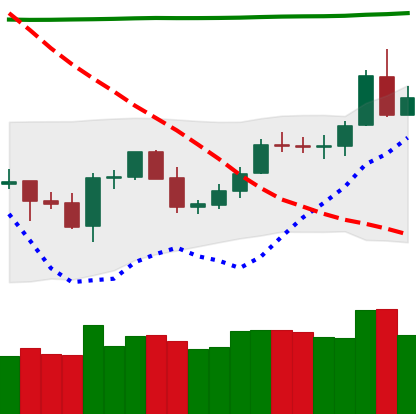
Ticker: LTC-USD
Chart end date: 2020-05-01
Forward return: -3.868%
Label: down_3_5